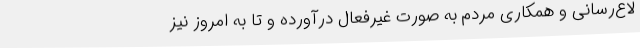
لاع‌رسانی و همکاری مردم به صورت غیرفعال درآورده و تا به امروز نیز